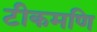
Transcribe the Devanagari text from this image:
टीकमणि